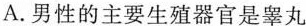
A.男性的主要生殖器官是睾丸